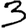
Digit: 3